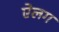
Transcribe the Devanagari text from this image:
ऐलग